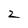
Character: 2